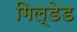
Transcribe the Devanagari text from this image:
गिल्डेड